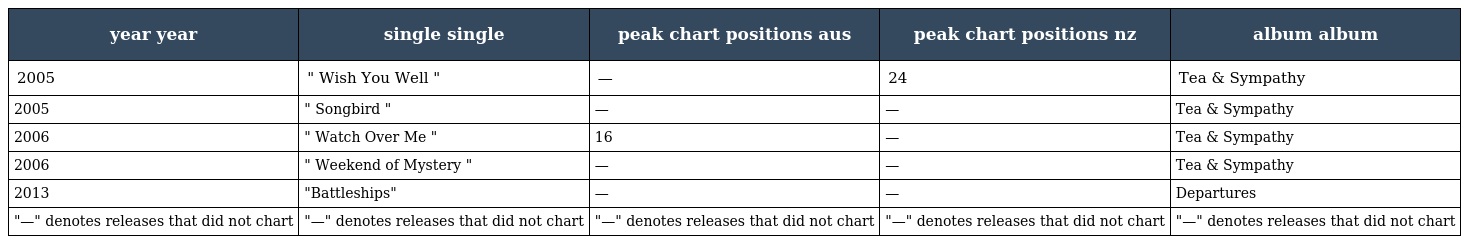
| year year | single single | peak chart positions aus | peak chart positions nz | album album |
 | --- | --- | --- | --- | --- |
 | 2005 | " Wish You Well " | — | 24 | Tea & Sympathy |
 | 2005 | " Songbird " | — | — | Tea & Sympathy |
 | 2006 | " Watch Over Me " | 16 | — | Tea & Sympathy |
 | 2006 | " Weekend of Mystery " | — | — | Tea & Sympathy |
 | 2013 | "Battleships" | — | — | Departures |
 | "—" denotes releases that did not chart | "—" denotes releases that did not chart | "—" denotes releases that did not chart | "—" denotes releases that did not chart | "—" denotes releases that did not chart |